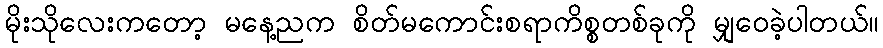
မိုးသိုလေးကတော့ မနေ့ညက စိတ်မကောင်းစရာကိစ္စတစ်ခုကို မျှဝေခဲ့ပါတယ်။